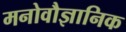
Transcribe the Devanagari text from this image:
मनोवौज्ञानिक